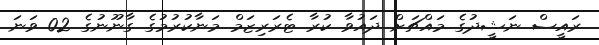
ރައީސް ނަޝީދުގެ މައްޗަށް ދައުވާ ކުރާ ޓެރަރިޒަމް މަނާކުރުމުގެ ގާނޫނުގެ 02 ވަނަ